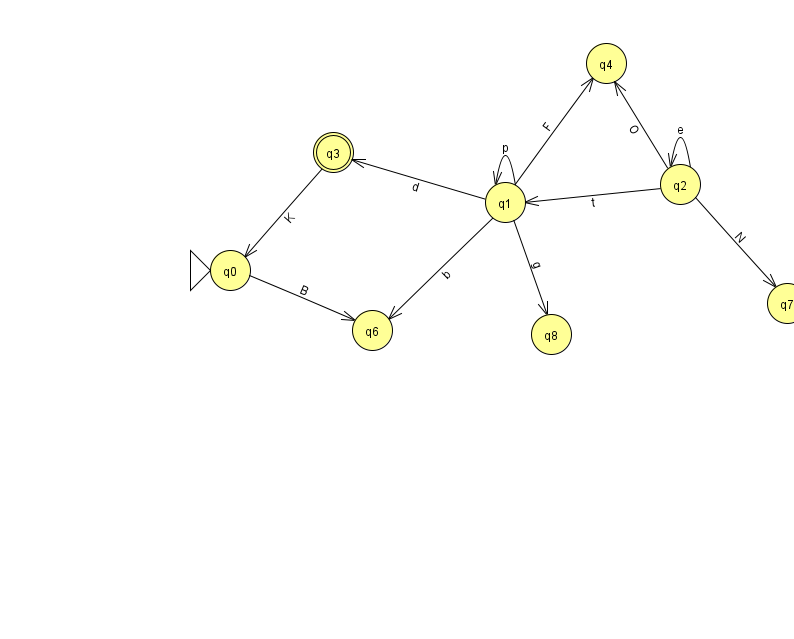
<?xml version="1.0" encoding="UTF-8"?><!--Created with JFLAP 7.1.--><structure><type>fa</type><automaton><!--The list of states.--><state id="0" name="q0"><x>230.0</x><y>257.0</y><initial/></state><state id="1" name="q1"><x>505.0</x><y>189.0</y></state><state id="2" name="q2"><x>680.0</x><y>171.0</y></state><state id="3" name="q3"><x>333.0</x><y>139.0</y><final/></state><state id="4" name="q4"><x>606.0</x><y>50.0</y></state><state id="6" name="q6"><x>372.0</x><y>317.0</y></state><state id="7" name="q7"><x>787.0</x><y>290.0</y></state><state id="8" name="q8"><x>551.0</x><y>321.0</y></state><!--The list of transitions.--><transition><from>1</from><to>1</to><read>p</read></transition><transition><from>1</from><to>3</to><read>d</read></transition><transition><from>2</from><to>2</to><read>e</read></transition><transition><from>1</from><to>8</to><read>g</read></transition><transition><from>2</from><to>7</to><read>N</read></transition><transition><from>3</from><to>0</to><read>K</read></transition><transition><from>2</from><to>1</to><read>t</read></transition><transition><from>0</from><to>6</to><read>B</read></transition><transition><from>2</from><to>4</to><read>O</read></transition><transition><from>1</from><to>4</to><read>F</read></transition><transition><from>1</from><to>6</to><read>b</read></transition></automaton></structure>